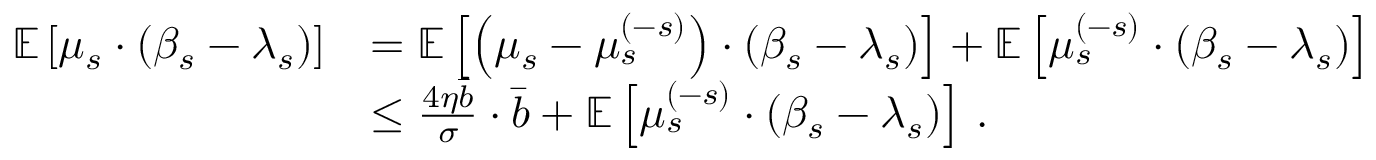
\begin{array} { r l } { \mathbb { E } \left[ \mu _ { s } \cdot ( \beta _ { s } - \lambda _ { s } ) \right] } & { = \mathbb { E } \left[ \left( \mu _ { s } - \mu _ { s } ^ { ( - s ) } \right) \cdot ( \beta _ { s } - \lambda _ { s } ) \right] + \mathbb { E } \left[ \mu _ { s } ^ { ( - s ) } \cdot ( \beta _ { s } - \lambda _ { s } ) \right] } \\ & { \leq \frac { 4 \eta \bar { b } } { \sigma } \cdot \bar { b } + \mathbb { E } \left[ \mu _ { s } ^ { ( - s ) } \cdot ( \beta _ { s } - \lambda _ { s } ) \right] \, . } \end{array}